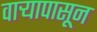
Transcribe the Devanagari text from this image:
वार्‍यापासून